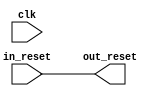
// ghrd_10as066n2_rst_bdg.v

// Generated using ACDS version 17.1 240

`timescale 1 ps / 1 ps
module ghrd_10as066n2_rst_bdg (
		input  wire  clk,       //       clk.clk
		input  wire  in_reset,  //  in_reset.reset
		output wire  out_reset  // out_reset.reset
	);

	assign out_reset = in_reset;

endmodule